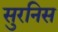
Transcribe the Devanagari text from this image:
सुरनिस